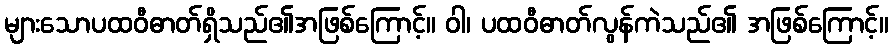
များသောပထဝီဓာတ်ရှိသည်၏အဖြစ်ကြောင့်။ ဝါ၊ ပထဝီဓာတ်လွန်ကဲသည်၏ အဖြစ်ကြောင့်။